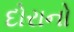
દોરાનો